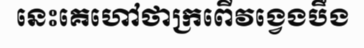
នេះគេហៅថាក្រពើវង្វេងបឹង